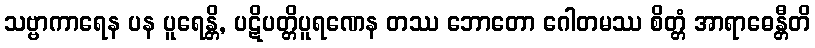
သဗ္ဗာကာရေန ပန ပူရေန္တိ, ပဋိပတ္တိပူရဏေန တဿ ဘောတော ဂေါတမဿ စိတ္တံ အာရာဓေန္တီတိ